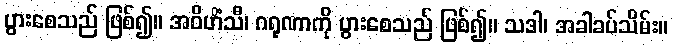
ပွားစေသည် ဖြစ်၍။ အဝိဟိံသီ၊ ဂရုဏာကို ပွားစေသည် ဖြစ်၍။ သဒါ၊ အခါခပ်သိမ်း။